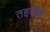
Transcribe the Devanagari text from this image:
तहजीह